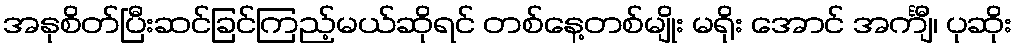
အနုစိတ်ပြီးဆင်ခြင်ကြည့်မယ်ဆိုရင် တစ်နေ့တစ်မျိုး မရိုး အောင် အင်္ကျီ၊ ပုဆိုး